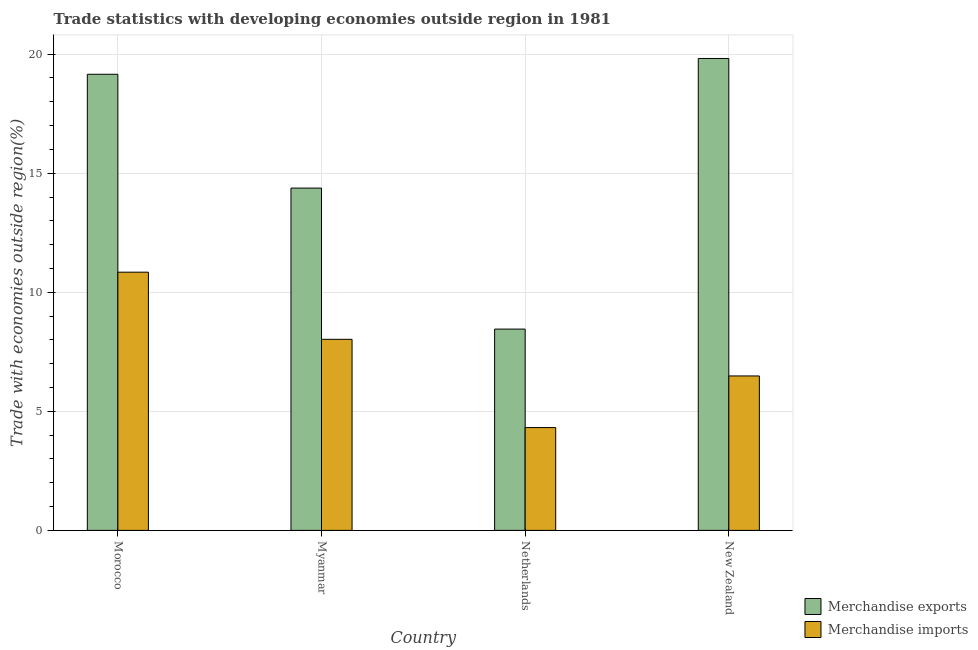
| Country | Merchandise exports | Merchandise imports |
 | --- | --- | --- |
 | Morocco | 19.2 | 10.8 |
 | Myanmar | 14.4 | 8.02 |
 | Netherlands | 8.45 | 4.32 |
 | New Zealand | 19.8 | 6.49 |